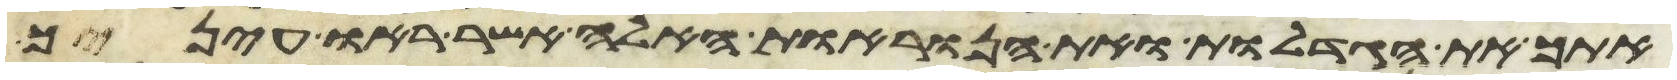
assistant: אתך את הגדלות ואת הנוראות האלה אשר ראו עיניך